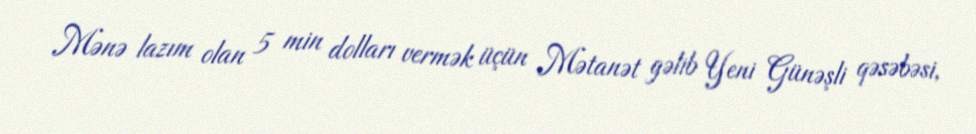
Mənə lazım olan 5 min dolları vermək üçün Mətanət gəlib Yeni Günəşli qəsəbəsi,